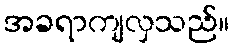
အခရာကျလှသည်။